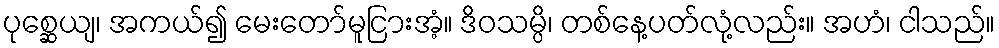
ပုစ္ဆေယျ၊ အကယ်၍ မေးတော်မူငြားအံ့။ ဒိဝသမ္ပိ၊ တစ်နေ့ပတ်လုံ့လည်း။ အဟံ၊ ငါသည်။